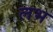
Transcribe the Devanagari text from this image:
लभ